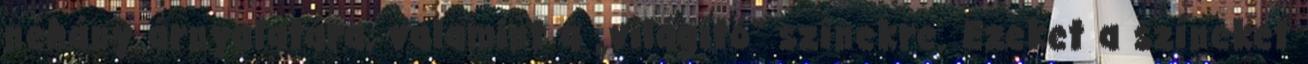
néhány árnyalatára, valamint a „világító” színekre. Ezeket a színeket